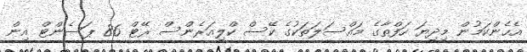
އެހެންކަމުން މިދިޔަ ހަފްތާގެ މައްސަލަތަކުގެ ކޭސް ކްލިއަރެންސް ރޭޓް 86 ޕަސެންޓް އިން